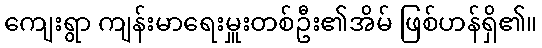
ကျေးရွာ ကျန်းမာရေးမှူးတစ်ဦး၏အိမ် ဖြစ်ဟန်ရှိ၏။